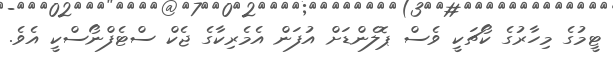
ޓީމުގެ މިހާރުގެ ކޯޗަކީ ވެސް ޕޮލެންޑަށް އުފަން އެމެރިކާގެ ޖެކް ސްޓެފްނޯސްކީ އެވެ.